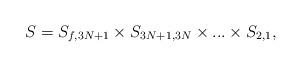
LaTeX: \begin{align*}S = S_{f,3N+1} \times S_{3N+1,3N} \times ... \times S_{2,1},\end{align*}